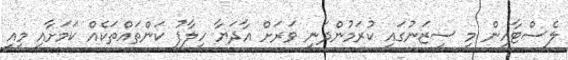
ލެސްޓާއިން މި ސީޒަނުގައި ކުރަމުންދަނީ ވަރަށް އާދަޔާ ހިލާފު ކަންތައްތަކެއް ކަމަށާއި މިއީ